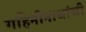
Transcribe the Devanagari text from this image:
गहिनीनाथांची